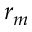
r _ { m }